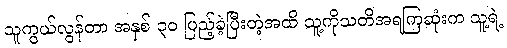
သူကွယ်လွန်တာ အနှစ် ၃၀ ပြည့်ခဲ့ပြီးတဲ့အထိ သူ့ကိုသတိအရကြဆုံးက သူ့ရဲ့